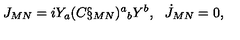
J _ { M N } = i Y _ { a } ( C \S _ { M N } ) ^ { a } { } _ { b } Y ^ { b } , \: \: \: \dot { J } _ { M N } = 0 ,